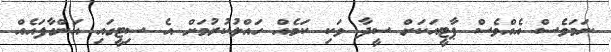
ނަމަވެސް އެއްވެސް ޕާޓީއަކަށް ސީދާ ވަކި ކަމެއް ހައްލުކުރުމަށް އެ ސިޓީގައި އަންގާފައެއް